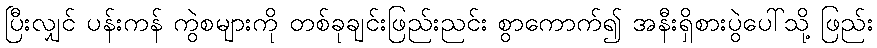
ပြီးလျှင် ပန်းကန် ကွဲစများကို တစ်ခုချင်းဖြည်းညင်း စွာကောက်၍ အနီးရှိစားပွဲပေါ်သို့ ဖြည်း